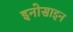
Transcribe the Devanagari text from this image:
इनोसाइन